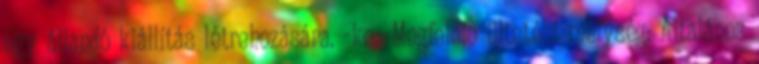
egy állandó kiállítás létrehozására. -ke- Megfelelő ültetési mélység: Általános